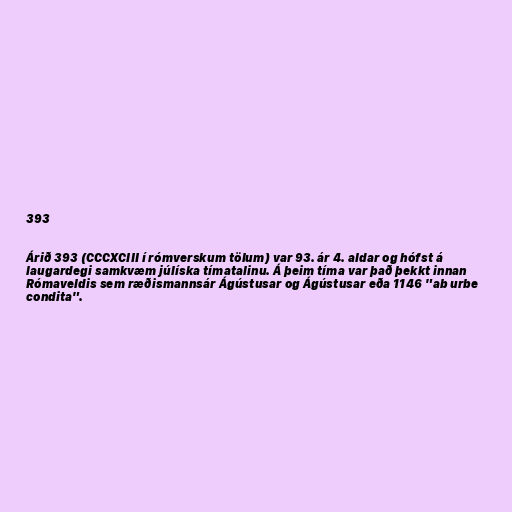
393

Árið 393 (CCCXCIII í rómverskum tölum) var 93. ár 4. aldar og hófst á
laugardegi samkvæm júlíska tímatalinu. Á þeim tíma var það þekkt innan
Rómaveldis sem ræðismannsár Ágústusar og Ágústusar eða 1146 "ab urbe
condita".